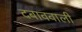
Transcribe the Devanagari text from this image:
दबाववाली